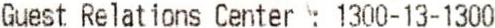
GUEST RELATIONS CENTER : 1300-13-1300